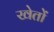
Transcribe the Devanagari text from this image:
खेताें